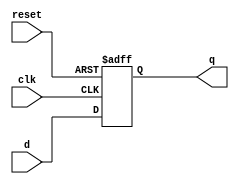
module d_ff_sync_reset (
    input wire clk, // Clock input
    input wire reset, // Synchronous reset input
    input wire d, // D input
    output reg q // Q output
);

// Synchronous reset logic
always @(posedge clk or posedge reset)
begin
    if (reset) // Check if reset is asserted
        q <= 1'b0; // Reset the flip-flop to 0
    else
        q <= d; // Update Q output with D input on rising edge of clock
end

endmodule